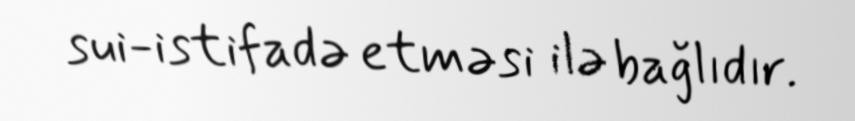
sui-istifadə etməsi ilə bağlıdır.